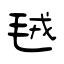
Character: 毧